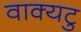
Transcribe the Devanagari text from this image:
वाक्यटु